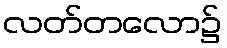
လတ်တလော၌